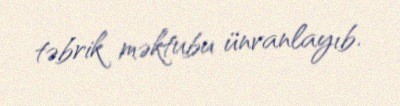
təbrik məktubu ünvanlayıb.